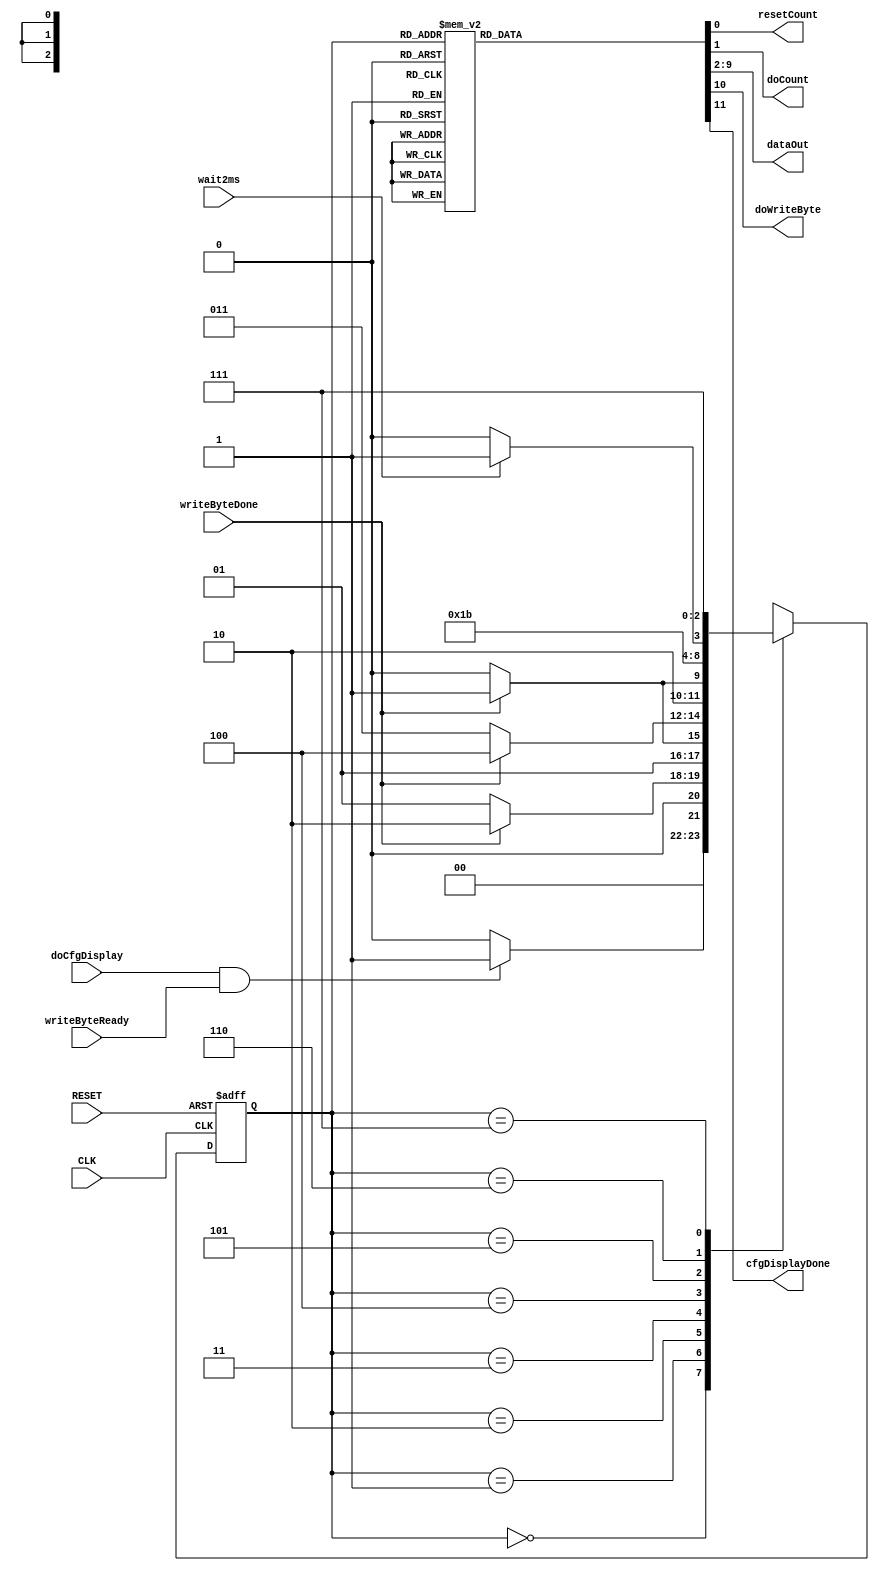
module lcd_cfg_display(CLK,
                       RESET,
                       writeByteDone,
                       writeByteReady,
                       wait2ms,
                       doCfgDisplay,
                       resetCount,
                       doCount,
                       dataOut,
                       doWriteByte,
                       cfgDisplayDone
                       );

   input CLK;
   input RESET;
   input writeByteDone;
   input writeByteReady;
   input wait2ms;
   input doCfgDisplay;

   output       resetCount;
   output       doCount;
   output [7:0] dataOut;
   output       doWriteByte;
   output       cfgDisplayDone;

   reg          resetCount;
   reg          doCount;
   reg [7:0]    dataOut;
   reg          doWriteByte;
   reg          cfgDisplayDone;

   // state flip-flops
   reg [2:0]     current_state;
   reg [2:0]     next_state;

   // state definitions
   parameter     READY = 0;
   parameter     FUNCTION_SET = 1;
   parameter     ENTRY_SET = 2;
   parameter     SET_DISPLAY = 3;
   parameter     CLEAR_DISPLAY = 4;
   parameter     TWO_MS_START = 5;
   parameter     TWO_MS_WAIT = 6;
   parameter     DONE = 7;

   // update current state
   always @ (posedge CLK, posedge RESET)
     begin
        if (RESET)
          current_state = READY;
        else
          current_state = next_state;
     end

   // Output signals
   always @ (current_state)
     begin
        cfgDisplayDone = 0;
	dataOut = 8'h00;
	doWriteByte = 0;
	resetCount = 0;
	doCount = 0;
	
        case (current_state)

          READY:
            begin
            end
          
          FUNCTION_SET:
            begin
               dataOut = 8'h28;
               doWriteByte = 1;
            end
          
          ENTRY_SET:
            begin
               dataOut = 8'h06;
               doWriteByte = 1;
            end
          
          SET_DISPLAY:
            begin
               dataOut = 8'h0c;
               doWriteByte = 1;
            end
          
          CLEAR_DISPLAY:
            begin
               dataOut = 8'h01;
               doWriteByte = 1;
            end
          
          TWO_MS_START:
            begin
               resetCount = 1;
               doCount = 1;
            end
          
          TWO_MS_WAIT:
            begin
               doCount = 1;
            end
          
          DONE:
            begin
               cfgDisplayDone = 1;
            end

	  default:
	    begin
	    end

        endcase
     end

   // Next state
   always @ (current_state, doCfgDisplay, writeByteReady, writeByteDone, wait2ms)
     begin
        case (current_state)

          READY:
            begin
               if (doCfgDisplay & writeByteReady)
                 next_state = FUNCTION_SET;
               else
                 next_state = READY;
            end
          
          FUNCTION_SET:
            begin
               if (writeByteDone)
                 next_state = ENTRY_SET;
               else
                 next_state = FUNCTION_SET;
            end
          
          ENTRY_SET:
            begin
               if (writeByteDone)
                 next_state = SET_DISPLAY;
               else
                 next_state = ENTRY_SET;
            end
          
          SET_DISPLAY:
            begin
               if (writeByteDone)
                 next_state = CLEAR_DISPLAY;
               else
                 next_state = SET_DISPLAY;
            end
          
          CLEAR_DISPLAY:
            begin
               if (writeByteDone)
                 next_state = TWO_MS_START;
               else
                 next_state = CLEAR_DISPLAY;
            end
          
          TWO_MS_START:
            begin
               next_state = TWO_MS_WAIT;
            end
          
          TWO_MS_WAIT:
            begin
               if (wait2ms)
                 next_state = DONE;
               else
                 next_state = TWO_MS_WAIT;
            end
          
          DONE:
            begin
               next_state = DONE;
            end

	  default:
	    begin
               next_state = READY;
	    end

        endcase
     end
endmodule